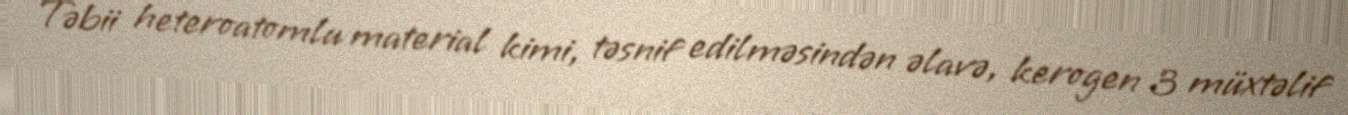
Təbii heteroatomlu material kimi, təsnif edilməsindən əlavə, kerogen 3 müxtəlif